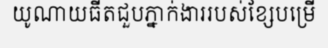
យូណាយធីតជួបភ្នាក់ងាររបស់ខ្សែបម្រើ